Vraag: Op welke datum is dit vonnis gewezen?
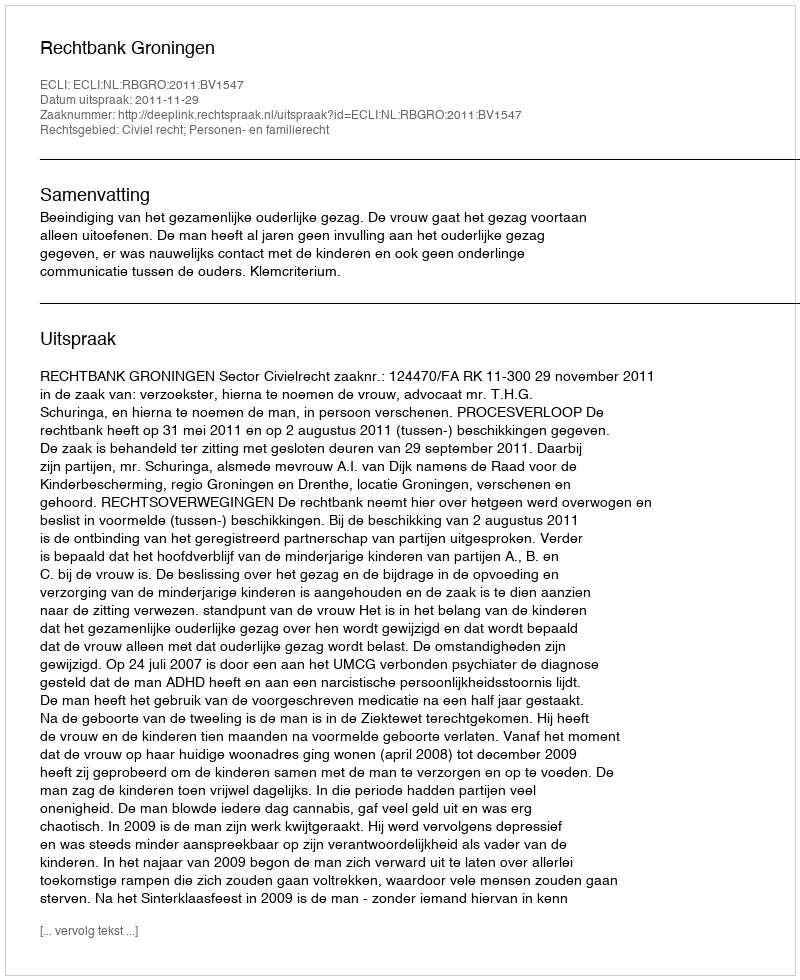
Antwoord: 2011-11-29